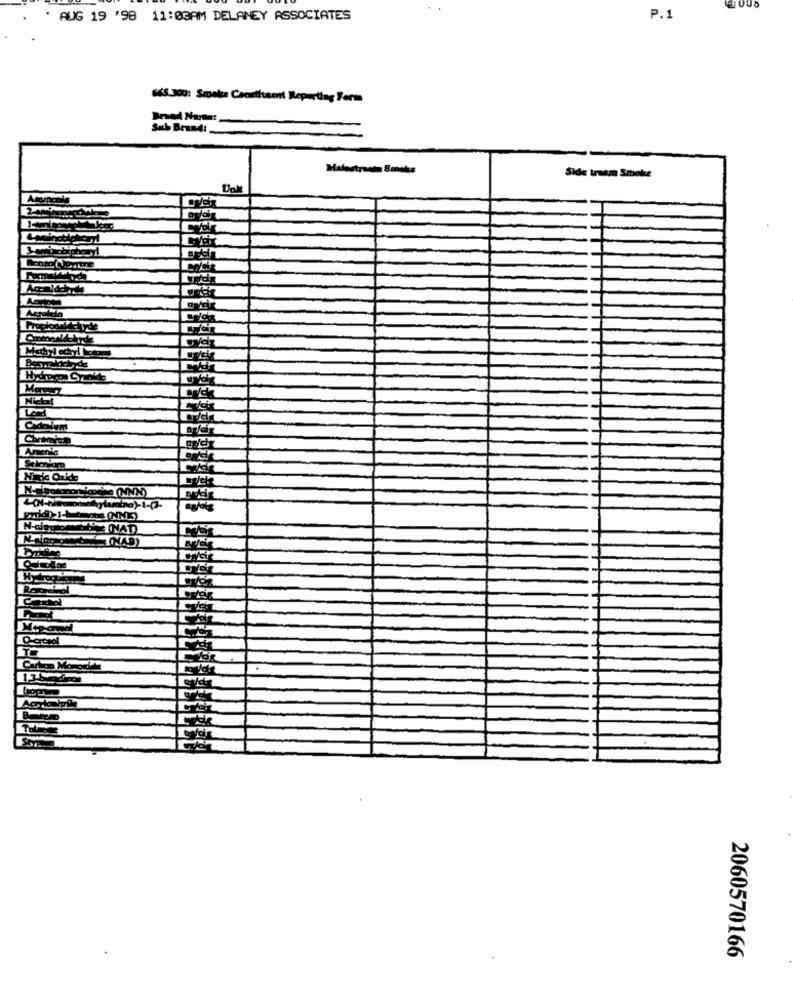
AUG 19 '98 11:03AM DELANEY ASSOCIATES
P.1
45.300: Smoke Contact Reporting Form
Sub Brand :_
Side tram Smoke
Dal
(NNN)
INAT)
INAD)
EL
2060570166